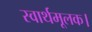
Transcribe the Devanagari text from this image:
स्वार्थमूलक।